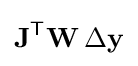
\mathbf {J} ^{\mathsf {T}}\mathbf {W} \,\Delta \mathbf {y}